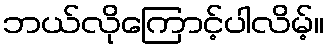
ဘယ်လိုကြောင့်ပါလိမ့်။